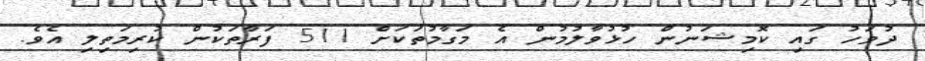
ދުވަހު ގައި ކޮމިޝަނުން ހުޅުވާލުމުން އެ މަގާމުތަކަށް 511 ފަރާތަކުން ކުރިމަތިލި އެވެ.